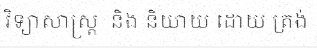
វិទ្យាសាស្ត្រ  និង និយាយ ដោយ ត្រង់